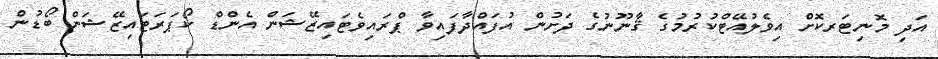
އަދި މޮނިޓަރކޮށް އިވެލުއޭޓްކުރުމުގެ ޤާނޫނުގެ ދަށުން އުފައްދާފައިވާ ޕްރައިވެޓައިޒޭޝަން އެންޑް ކޯޕަރަޓައިޒޭޝަން ބޯޑުން